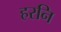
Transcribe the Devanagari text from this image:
हरनि